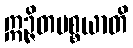
ဣဉ္ဇိတပစ္စယာတိ